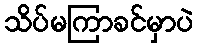
သိပ်မကြာခင်မှာပဲ